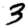
Digit: 3